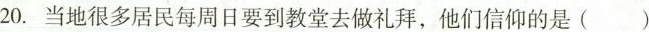
20. 当地很多居民每周日要到教堂去做礼拜，他们信仰的是( )